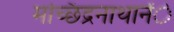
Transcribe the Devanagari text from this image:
मच्छिंद्रनाथानेेंे